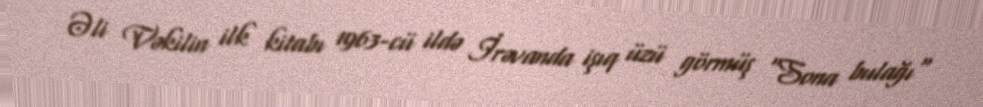
Əli Vəkilin ilk kitabı 1963-cü ildə İrəvanda işıq üzü görmüş "Sona bulağı"